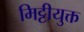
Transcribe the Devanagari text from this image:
मिट्टीयुक्त